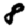
Digit: 8